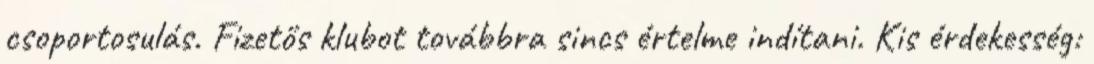
csoportosulás. Fizetős klubot továbbra sincs értelme indítani. Kis érdekesség: